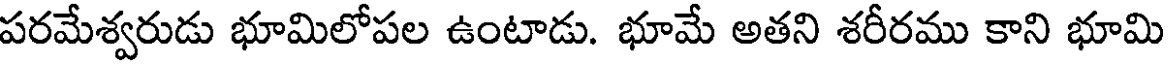
పరమేశ్వరుడు భూమిలోపల ఉంటాడు. భూమే అతని శరీరము కాని భూమి